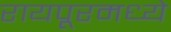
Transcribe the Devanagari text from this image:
रायपूरमध्ये